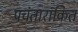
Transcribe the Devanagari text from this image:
पचंतारांकित